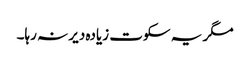
مگر یہ سکوت زیادہ دیر نہ رہا۔